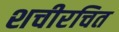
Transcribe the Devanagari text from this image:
शचीरचित